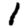
Digit: 1